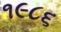
૧૯૮૬